Civil Veterinary Department Bihar reports 1940-50 - 1940-1950
Year: 1940
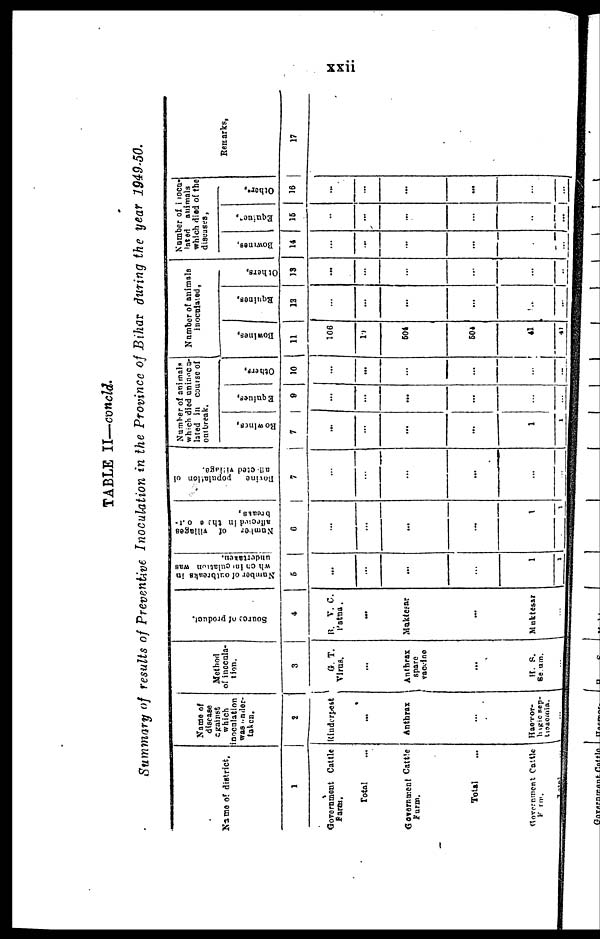
xxii
TABLE II—concld.
Summary of results of Preventive Inoculation in the Province of Bihar during the year 1949-50.
Name of district,
1
Government Cattle
Farm.
Total ...
Government Cattle
Farm.
Total ...
Government Catt1e
Farm.
Name of
disease
against
which
inoculation
was under-
taken.
2
Rinderpest
...
Anthrax
...
Haemor-
hagic
Sep-
ticaemia.
Method
of inocula-
tion.
3
G.T.
Virus.
...
Anthrax
spare
vaccine
...
H. S.
Be am.
Source of Product
4
B. V. C.
Patna.
...
Muktesar
...
Muktesar
...
Number of outbreaks in
which inoculation was
undertaken.
5
...
...
...
...
1
1
Number
of villages
affected
in these out-
breaks,
6
...
...
...
...
1
1
Bovine
population of
affected village.
7
...
...
...
...
...
...
Number of animals
which died uninoca-
lated in course of
outbreak.
Rowi ne s ,
7
...
...
...
...
1
1
Equi ne s ,
9
...
...
...
...
...
...
Ot hers ,
10
...
...
...
...
...
..
Number of animals
inoculated,
Bowi ne s ,
11
106
19
504
504
41
41
Equines,
12
...
...
...
...
...
...
Ot hers ,
13
...
...
...
...
...
..
Number of inocu-
lated animals
which died of the
Bowine s .
14
...
...
...
...
...
...
Equines,
15
...
...
...
...
...
...
Others,
16
...
...
...
...
...
...
Remarks,
17